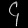
Digit: ၄